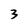
Character: 3